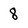
Character: 8